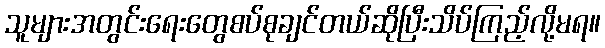
သူများအတွင်းရေးတွေစပ်စုချင်တယ်ဆိုပြီးသိပ်ကြည့်လို့မရ။